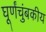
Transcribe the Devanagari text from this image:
घूर्णंचुंबकीय